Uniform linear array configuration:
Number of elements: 4
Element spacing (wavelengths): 0.75
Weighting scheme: binomial
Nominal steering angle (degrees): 15
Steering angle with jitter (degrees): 14.025
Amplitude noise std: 0.05
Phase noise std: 0.05

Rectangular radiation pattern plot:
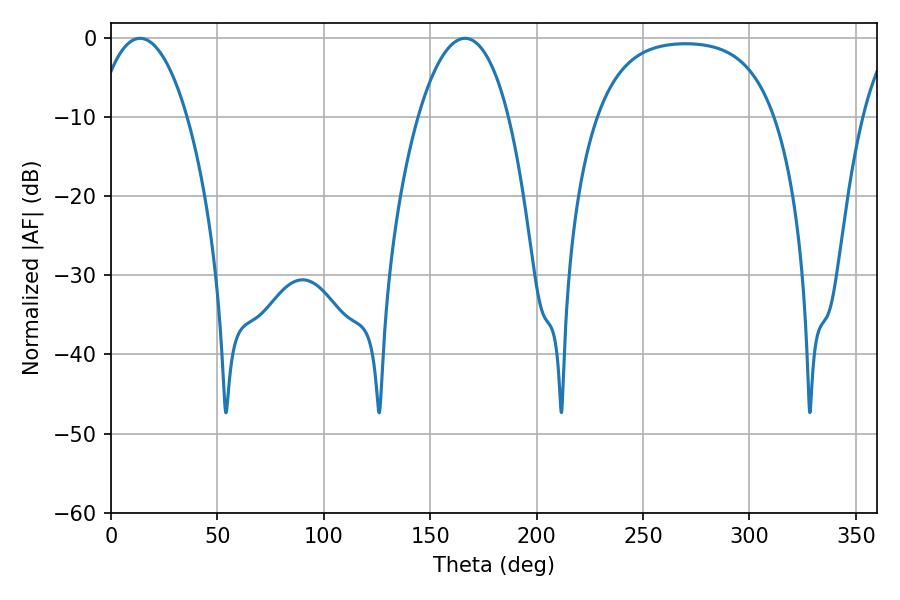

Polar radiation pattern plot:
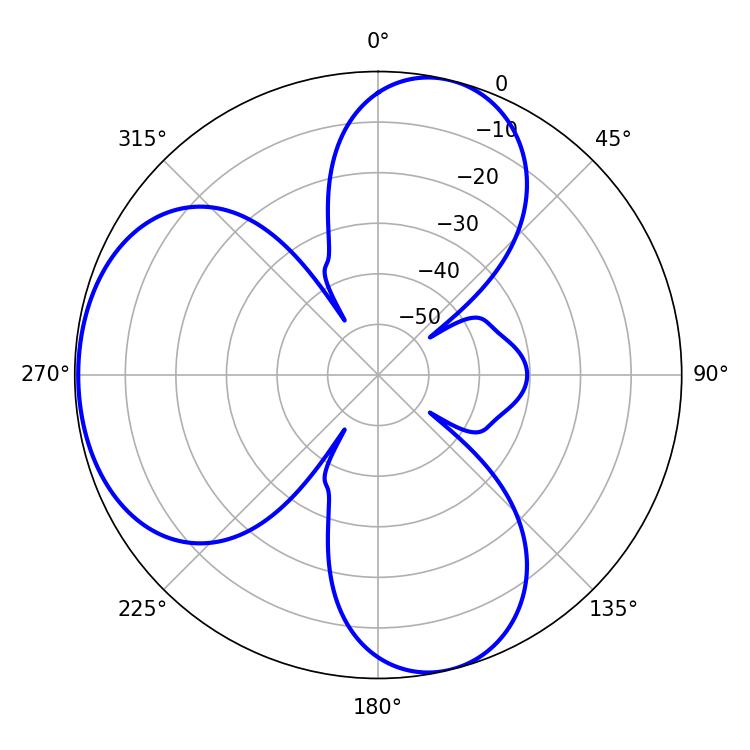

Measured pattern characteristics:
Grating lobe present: TRUE
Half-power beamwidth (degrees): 23.76
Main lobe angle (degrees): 13.68